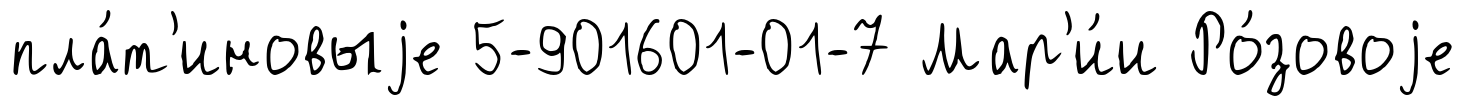
пла́т'иновыjе 5-901601-01-7 Мар'и́и Ро́зовоjе